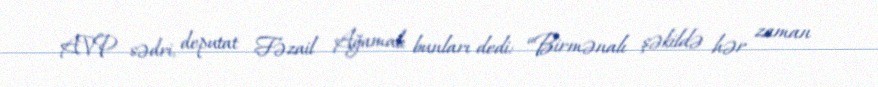
AVP sədri, deputat Fəzail Ağamalı bunları dedi: “Birmənalı şəkildə hər zaman